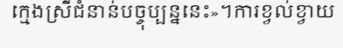
ក្មេងស្រីជំនាន់បច្ចុប្បន្ននេះ»។ការខ្វល់ខ្វាយ